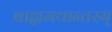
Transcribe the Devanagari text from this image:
बाह्यमथान्तरम्